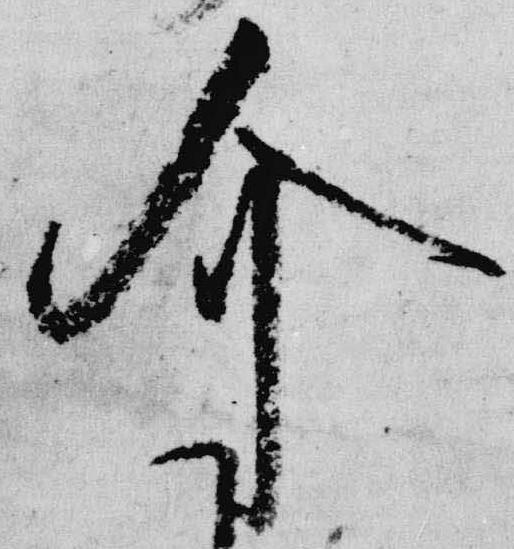
介